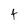
Character: t